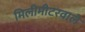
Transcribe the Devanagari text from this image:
मिलीमीटरवाले